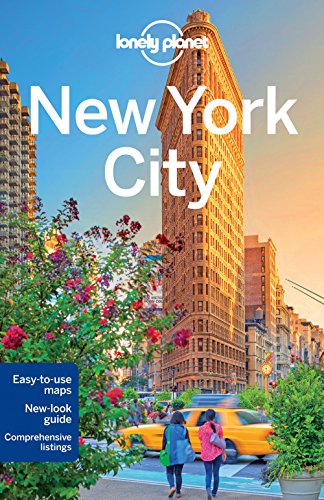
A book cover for Lonely Planet New York City (Travel Guide); Lonely Planet; Travel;